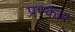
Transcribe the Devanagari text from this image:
प्रस्कार